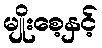
မျိုးစေ့နှင့်